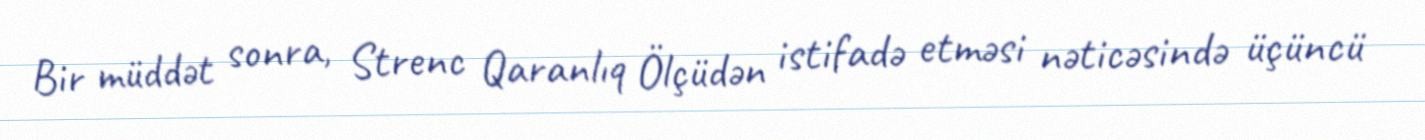
Bir müddət sonra, Strenc Qaranlıq Ölçüdən istifadə etməsi nəticəsində üçüncü